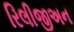
રિલીજીઅન